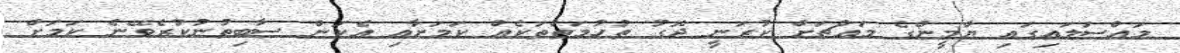
މައްސަލައިގައި ޔާމީންގެ މައްޗަށް ކުރަނީ ދޮގު ތުހުމަތުތަކެއް ކަމަށާއި އެކަން ސާބިތުނުކުރެވޭނެ ކަމަށް